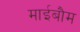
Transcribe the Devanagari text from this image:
माईबौम